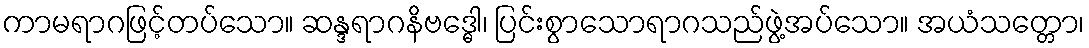
ကာမရာဂဖြင့်တပ်သော။ ဆန္ဒရာဂနိဗဒ္ဓေါ၊ ပြင်းစွာသောရာဂသည်ဖွဲ့အပ်သော။ အယံသတ္တော၊